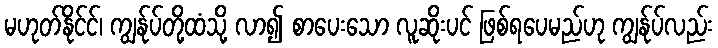
မဟုတ်နိုင်င်၊ ကျွန်ုပ်တို့ထံသို့ လာ၍ စာပေးသော လူဆိုးပင် ဖြစ်ရပေမည်ဟု ကျွန်ုပ်လည်း